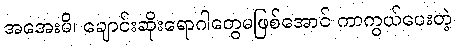
အအေးမိ၊ ချောင်းဆိုးရောဂါတွေမဖြစ်အောင် ကာကွယ်ပေးတဲ့